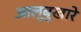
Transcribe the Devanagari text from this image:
आलूबुखारे